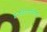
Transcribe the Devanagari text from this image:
इनडिटरमिनेट